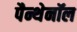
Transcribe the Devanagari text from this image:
पैन्थेनॉल